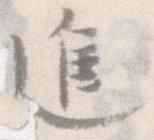
進